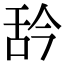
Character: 𦧈